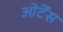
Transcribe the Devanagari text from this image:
ओर्टेंस